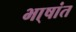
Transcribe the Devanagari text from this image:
भा्षांत